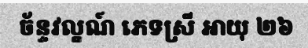
ច័ន្ទវល្ខណ៍ ភេទស្រី អាយុ ២៦